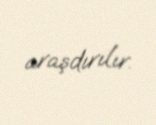
araşdırılır.